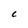
Character: C